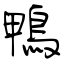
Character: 鴨